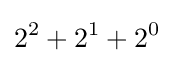
2^{2}+2^{1}+2^{0}